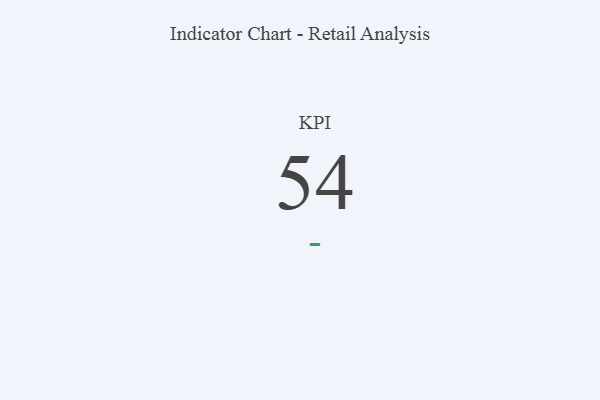
{"axis": {"x": "KPI", "y": "Value"}, "legend": [""], "data": [{"x": "KPI", "y": 54, "type": ""}]}